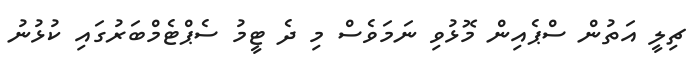
ޗިލީ އަތުން ސްޕެއިން މޮޅުވި ނަމަވެސް މި ދެ ޓީމު ސެޕްޓެމްބަރުގައި ކުޅުނު